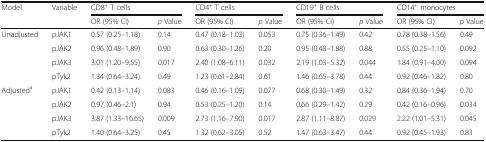
| Model | Variable | <COLSPAN=2> CD8+ T cells | <COLSPAN=2> CD4+ T cells | <COLSPAN=2> CD19+ B cells | <COLSPAN=2> CD14+ monocytes |
 |  |  | OR (95% CI) | p Value | OR (95% CI) | p Value | OR (95% CI) | p Value | OR (95% CI) | p Value |
 | --- | --- | --- | --- | --- | --- | --- | --- | --- | --- |
 | Unadjusted | pJAK1 | 0.57 (0.25–1.18) | 0.14 | 0.47 (0.18–1.03) | 0.053 | 0.75 (0.36–1.49) | 0.42 | 0.78 (0.38–1.56) | 0.49 |
 |  | pJAK2 | 0.96 (0.48–1.89) | 0.90 | 0.63 (0.30–1.26) | 0.20 | 0.95 (0.48–1.88) | 0.88 | 0.55 (0.25–1.10) | 0.092 |
 |  | pJAK3 | 3.01 (1.20–9.55) | 0.017 | 2.40 (1.08–6.11) | 0.032 | 2.19 (1.03–5.32) | 0.044 | 1.84 (0.91–4.00) | 0.094 |
 |  | pTyk2 | 1.34 (0.64–3.24) | 0.49 | 1.23 (0.61–2.84) | 0.61 | 1.46 (0.65–3.78) | 0.44 | 0.92 (0.46–1.82) | 0.80 |
 | Adjusteda | pJAK1 | 0.42 (0.13–1.14) | 0.083 | 0.46 (0.16–1.09) | 0.077 | 0.68 (0.30–1.49) | 0.32 | 0.84 (0.36–1.94) | 0.70 |
 |  | pJAK2 | 0.97 (0.46–2.1) | 0.94 | 0.53 (0.25–1.20) | 0.14 | 0.66 (0.29–1.42) | 0.29 | 0.42 (0.16–0.96) | 0.034 |
 |  | pJAK3 | 3.87 (1.33–16.65) | 0.009 | 2.73 (1.16–7.90) | 0.017 | 2.87 (1.11–8.87) | 0.029 | 2.22 (1.01–5.31) | 0.045 |
 |  | pTyk2 | 1.40 (0.64–3.25) | 0.45 | 1.32 (0.62–3.05) | 0.52 | 1.47 (0.63–3.47) | 0.44 | 0.92 (0.45–1.93) | 0.83 |